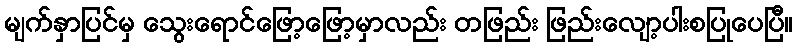
မျက်နှာပြင်မှ သွေးရောင်ဖြော့ဖြော့မှာလည်း တဖြည်း ဖြည်းလျော့ပါးစပြုပေပြီ။